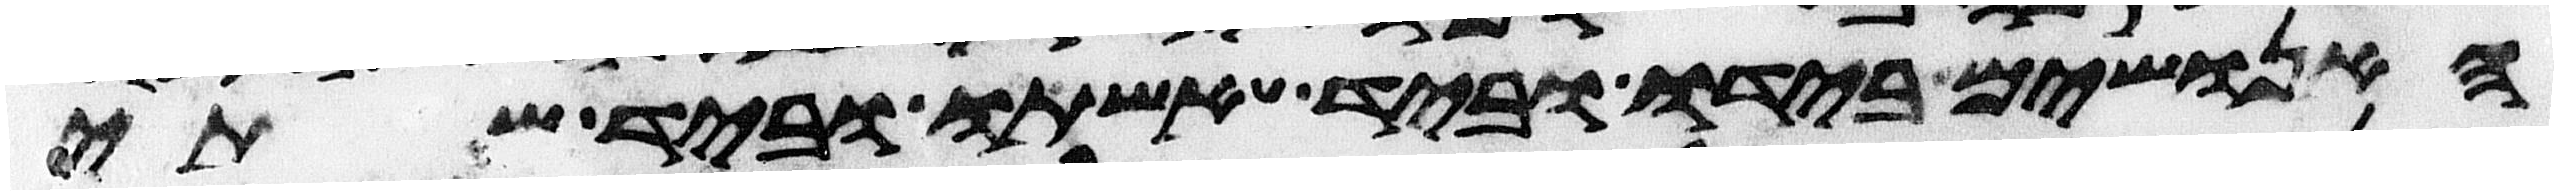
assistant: האנושים בידו וביד אשתו וביד שתי